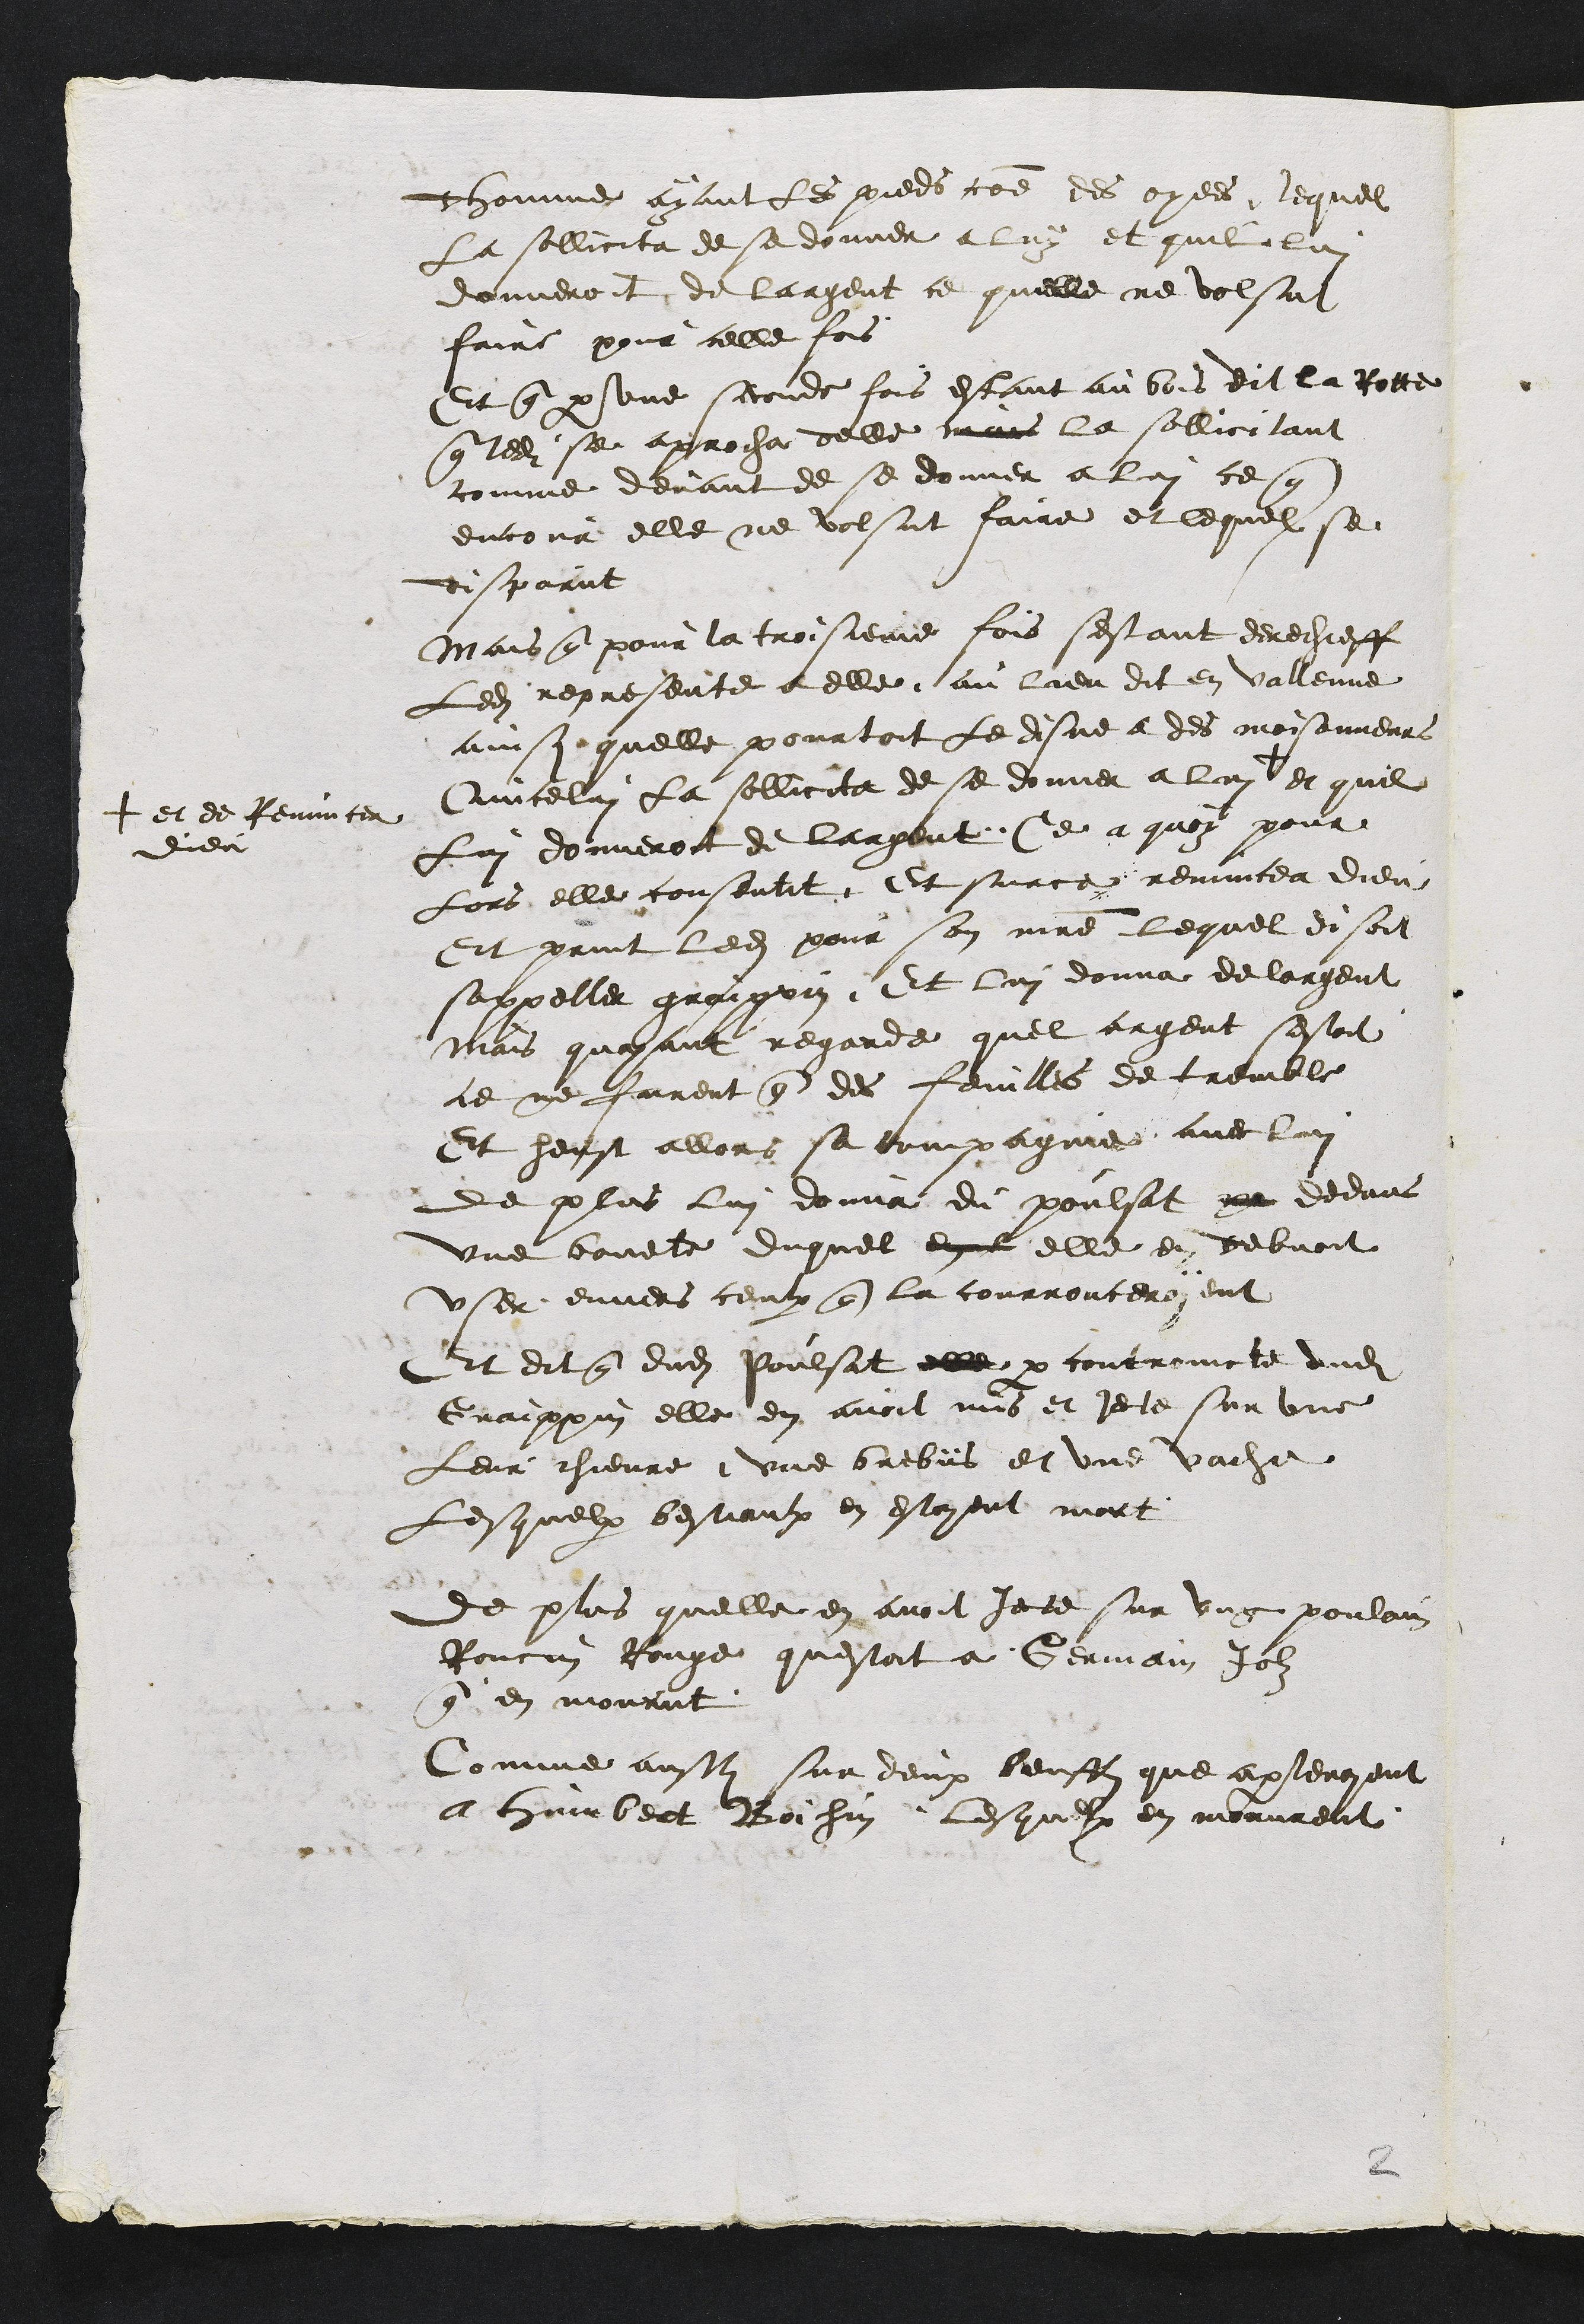
dhomme ayant les pieds comme des oyees, lequel
la sollicita de se donner a luy et quil lui
donneroit de largent ce quelle ne volsut
faire pour celle fois
Et que par une seconde fois estant au bois dit la Rotte
que ledit se approcha delle mais la sollicitant
comme devant de se donner a lui ce que
encour elle ne volsut faire et lequel se
disparut
Mais que pour la troisieme fois sestant derechieff
Ledit represente a elle au lieu dit en vallenne
ainsy quelle pourtoit Le disne a des moisonneurs
Quicelui la sollicita de se donner a lui +
+ et de Renuncer
dieu
et quil
Lui donneroit de largent. Ce a quoy pour
Lors elle consentit Et surce renuncea dieu
Et print ledit pour son maitre lequel disoit
sappeller graipin. Et lui donna de largent
Mais quayant regarde quel argent sestoit
ce ne furent que des feuilles de tremble
Et heust allors sa compagnie avec lui
de plus lui donna du poulsat pe dedans
une bouete duquel en elle en debvoit
user envers ceulx que la courrouceroyent
Et dit que dudit Poulsat elle par controincte dudit
Graippin elle en avoit mis et jecte sur une
Leur chievre, une brebüs et une vache
Lesquelx bestiaulx en estoyent mort
de plus quelle en avoit jecte sur ung poulain
Roncin Rouge questoit a Germain Joly
qui en mourut
Comme aussi sur deux beuff que apartenoyent
a Humbert Boichin lesquelx en morurent